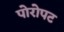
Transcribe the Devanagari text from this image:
पोरोपट